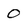
Character: 0